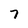
Character: 7